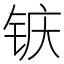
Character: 𮸆